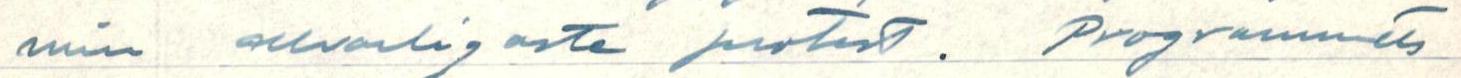
min allvarligaste protest. Programmets